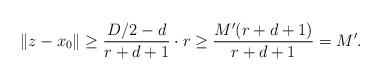
LaTeX: \begin{align*}\|z-x_0\|\ge \frac{D/2-d}{r+d+1}\cdot r\ge\frac{M'(r+d+1)}{r+d+1}=M'.\end{align*}